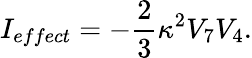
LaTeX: I_{effect}=-\frac{2}{3}\kappa^{2}V_{7}V_{4}.